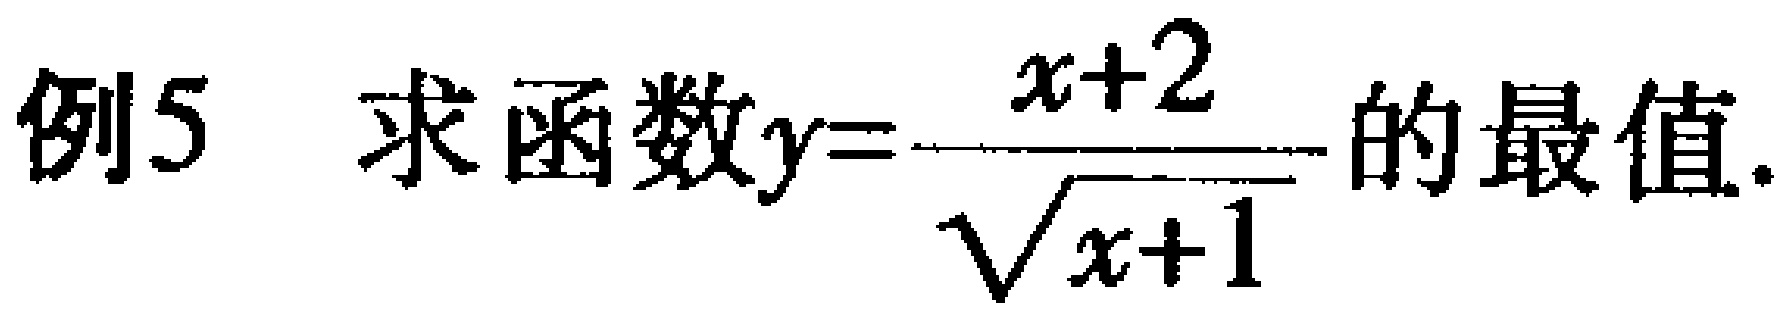
例5 求函数$y = \frac{x + 2}{\sqrt{x + 1}}$的最值.